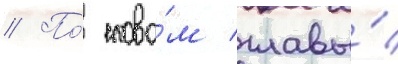
// По́ слова́м главы́